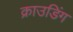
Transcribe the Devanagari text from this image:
क्राउडिंग